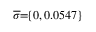
\! \! \! \overline { { \sigma } } \! \! = \! \! \{ 0 , 0 . 0 5 4 7 \} \! \! \!